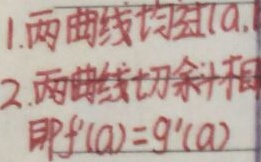
1. 两曲线均过\((a, \)（此处显示不全）
2. 两曲线切线相同，即\(f^{\prime}(a)=g^{\prime}(a)\)